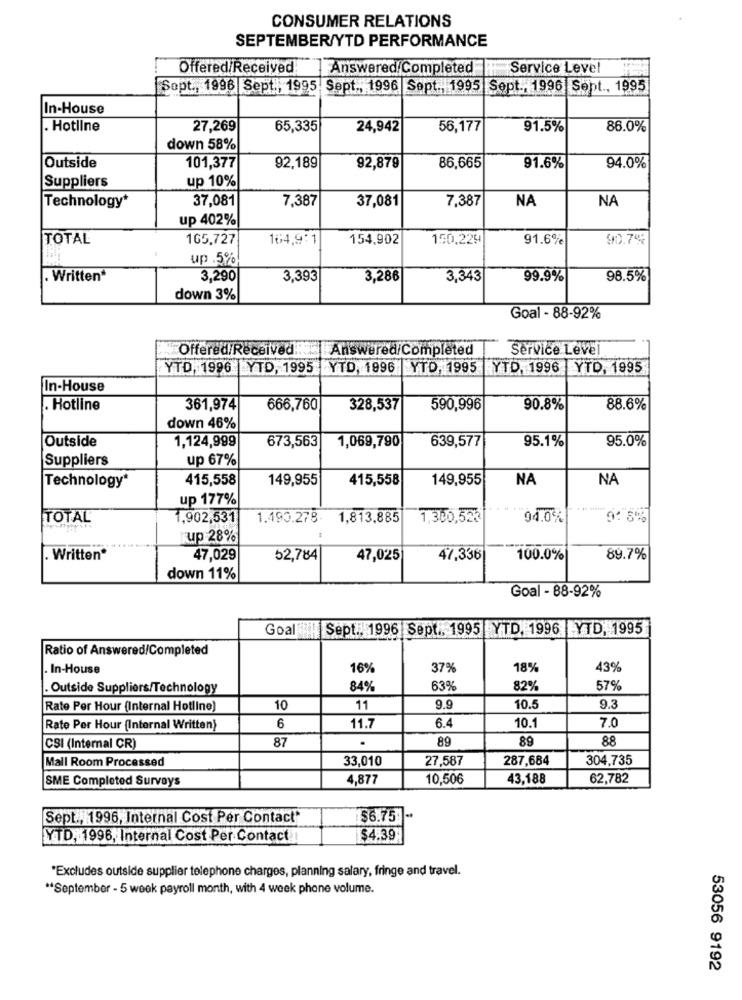
CONSUMER RELATIONS
SEPTEMBER/YTD PERFORMANCE
Offered/Received
Answered/Completed
Service Level
Sept ., 1996 Sept ., 1995 Sept ., 1996 Sept ., 1995 Sept ., 1996 Sept ., 1995
In-House
. Hotline
27,269
65,335
24,942
56,177
91.5%
86.0%
down 58%
Outside
101,377
92,189
92,879
86,665
91.6%
94.0%
Suppliers
up 10%
37,081
37,081
7,387
NA
NA
Technology*
7,387
up 402%
TOTAL
165,727
164,9:1
154,902
150.229
91.6%
90.7%
up .5%
. Written*
3,290
3,39€
3,286
3,343
99.9%
98.5%
down 3%
Goal - 88-92%
Offered/Received
Answered/Completed
Service Level
YTD, 1996 YTD, 1995 YTD, 1996 |YTD, 1995
YTD, 1996 YTD, 1995
In-House
. Hotline
361,974
666,760
328,537
590,996
90.8%
88.6%
down 46%
Outside
1,124,999
639,577
95.1%
95.0%
673,563
1,069,790
Suppliers
up 67%
Technology*
415,558
149,955
415,558
149,955
NA
NA
up 177%
TOTAL
1,902,531
1.493.278-
1,813,885
1,300,525
94.0%
9:5%
up 28%
. Written*
47,029
52,784
47,025
47,336
100.0%
89.7%
down 11%
Goal - 88-92%
Goal Sept ., 1996 Sept ., 1995 YTD, 1996 YTD, 1995
Ratio of Answered/Completed
. In-House
16%
37%
18%
43%
. Outside Suppliers/Technology
84%
63%
82%
57%
Rate Per Hour (Internal Hotline)
10
11
9.9
10.5
9.3
10.1
7.0
Rate Per Hour (Internal Written)
6
11.7
6.4
89
89
88
CSI (Internal CR)
87
Mall Room Processed
33,010
27,587
287,684
304,735
SME Completed Surveys
4,877
10,506
43,188
62,782
Sept ., 1996, Internal Cost Per Contact*
$6.75 -*
YTD, 1996, Internal Cost Per Contact
$4.39
*Excludes outside supplier telephone charges, planning salary, fringe and travel.
** September - 5 week payroll month, with 4 week phone volume.
53056 9192